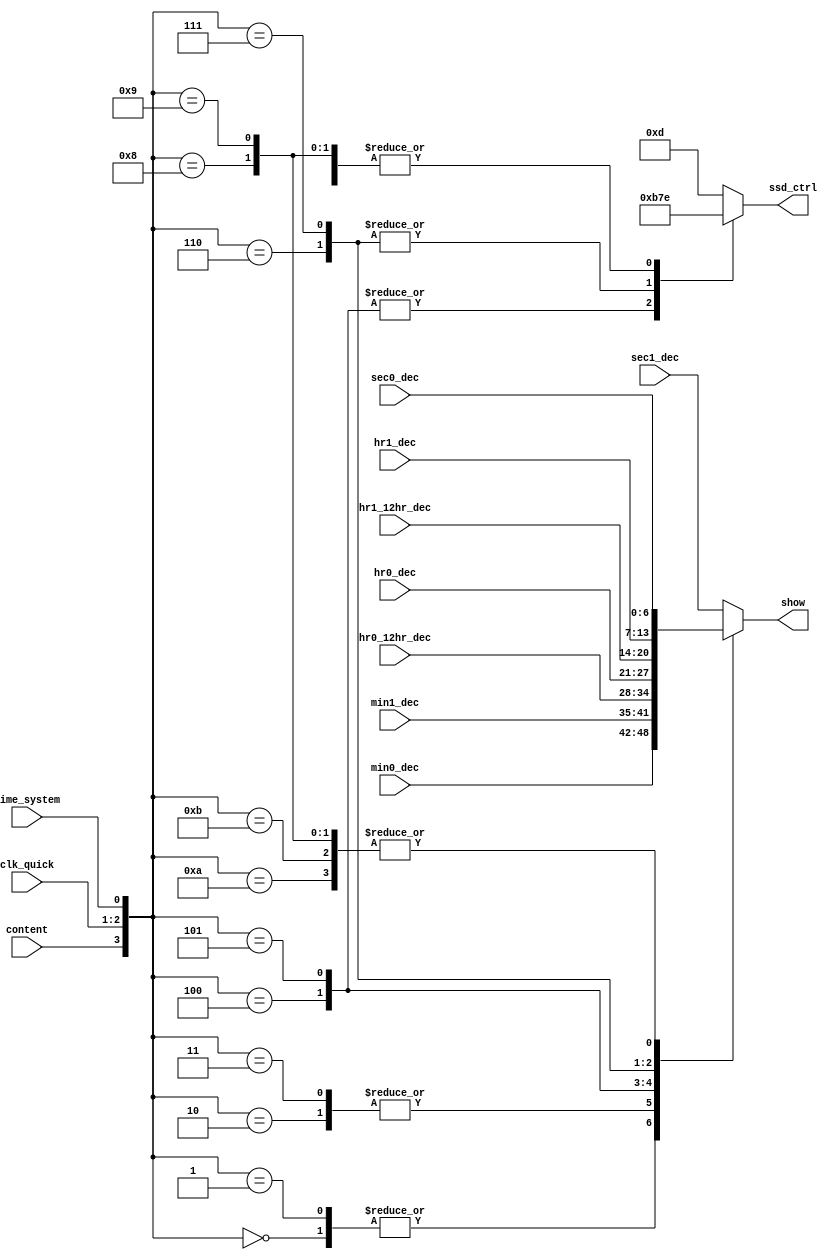
`timescale 1ns / 1ps
//////////////////////////////////////////////////////////////////////////////////
// Company: 
// Engineer: 
// 
// Design Name: 
// Module Name: display_controller
// Project Name: 
// Target Devices: 
// Tool Versions: 
// Description: 
// 
// Dependencies: 
// 
// Revision:
// Revision 0.01 - File Created
// Additional Comments:
// 
//////////////////////////////////////////////////////////////////////////////////


module display_controller(sec0_dec, sec1_dec, min0_dec, min1_dec, hr0_dec, hr1_dec, hr0_12hr_dec, hr1_12hr_dec, content, clk_quick, time_system, ssd_ctrl, show);
    input [6:0] sec0_dec;
    input [6:0] sec1_dec;
    input [6:0] min0_dec;
    input [6:0] min1_dec;
    input [6:0] hr0_dec;
    input [6:0] hr1_dec;
    input [6:0] hr0_12hr_dec;
    input [6:0] hr1_12hr_dec;
    input [1:0] clk_quick;
    input content, time_system;
    output [3:0] ssd_ctrl;
    output [6:0] show;
    
    reg [6:0] show;
    reg [3:0] ssd_ctrl;
    
    reg [3:0] a;
    
    always @* begin
        a = {content, clk_quick[1], clk_quick[0], time_system};
    end
    
    always @* begin
        case(a)
            4'b0000: begin show = min0_dec; ssd_ctrl = 4'b1110; end
            4'b0001: begin show = min0_dec; ssd_ctrl = 4'b1110; end
            4'b0010: begin show = min1_dec; ssd_ctrl = 4'b1101; end
            4'b0011: begin show = min1_dec; ssd_ctrl = 4'b1101; end
            4'b0100: begin show = hr0_12hr_dec; ssd_ctrl = 4'b1011; end
            4'b0101: begin show = hr0_dec; ssd_ctrl = 4'b1011; end
            4'b0110: begin show = hr1_12hr_dec; ssd_ctrl = 4'b0111; end
            4'b0111: begin show = hr1_dec; ssd_ctrl = 4'b0111; end
            4'b1000: begin show = sec0_dec; ssd_ctrl = 4'b1110; end
            4'b1001: begin show = sec0_dec; ssd_ctrl = 4'b1110; end
            4'b1010: begin show = sec0_dec; ssd_ctrl = 4'b1110; end
            4'b1011: begin show = sec0_dec; ssd_ctrl = 4'b1110; end
            4'b1100: begin show = sec1_dec; ssd_ctrl = 4'b1101; end
            4'b1101: begin show = sec1_dec; ssd_ctrl = 4'b1101; end
            4'b1110: begin show = sec1_dec; ssd_ctrl = 4'b1101; end
            default: begin show = sec1_dec; ssd_ctrl = 4'b1101; end
        endcase
    end
    
endmodule